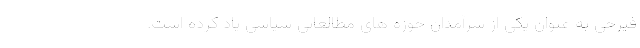
فیرحی به عنوان یکی از سرآمدان حوزه های مطالعاتی سیاسی یاد کرده است.